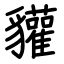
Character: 貛